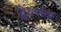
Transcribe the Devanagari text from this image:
द्विवर्णक